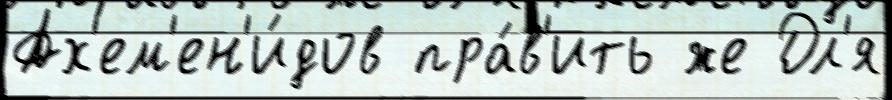
Ах'ем'ен'и́дов пра́в'ить же Дл'я